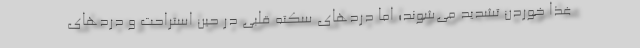
غذا خوردن تشدید می‌شوند؛ اما دردهای سکته قلبی در حین استراحت و دردهای